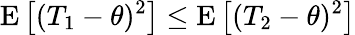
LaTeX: \mathrm{E}\left[(T_{1}-\theta)^{2}\right]\leq\mathrm{E}\left[(T_{2}-\theta)^{2}\right]